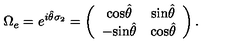
\Omega _ { e } = e ^ { i \hat { \theta } \sigma _ { 2 } } = \left( \begin{array} { c c } { \mathrm { c o s } \hat { \theta } } & { \mathrm { s i n } \hat { \theta } } \\ { - \mathrm { s i n } \hat { \theta } } & { \mathrm { c o s } \hat { \theta } } \\ \end{array} \right) .